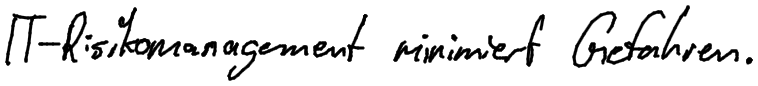
IT-Risikomanagement minimiert Gefahren.